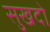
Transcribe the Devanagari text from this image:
सुखदो